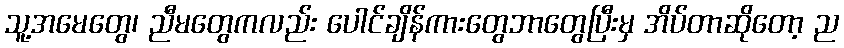
သူ့အမေတွေ၊ ညီမတွေကလည်း ပေါင်ချိန်ကားတွေဘာတွေပြီးမှ အိပ်တာဆိုတော့ ည